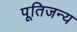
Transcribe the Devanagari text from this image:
पूतिजन्य